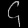
Digit: ၄